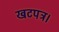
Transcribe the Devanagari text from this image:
खटपत्र।